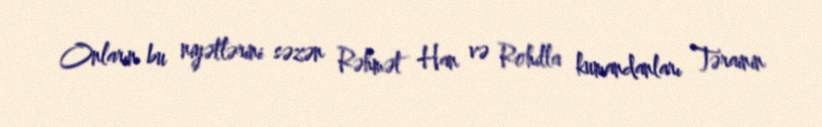
Onların bu niyətlərini səzən Rəhmət Han və Rohilla kumandanları Tərainin